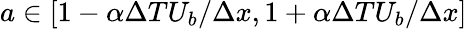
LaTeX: a\in\left[1-\alpha\Delta TU_{b}/\Delta x,1+\alpha\Delta TU_{b}/\Delta x\right]